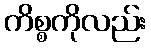
ကိစ္စကိုလည်း